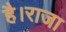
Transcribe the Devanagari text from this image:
है।राजा